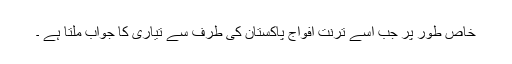
خاص طور پر جب اسے ترنت افواجِ پاکستان کی طرف سے تیاری کا جواب ملتا ہے ۔